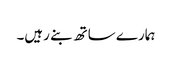
ہمارے ساتھ بنے رہیں۔